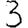
Digit: 3